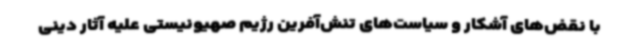
با نقض‌های آشکار و سیاست‌های تنش‌آفرین رژیم صهیونیستی علیه آثار دینی